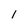
Character: 1